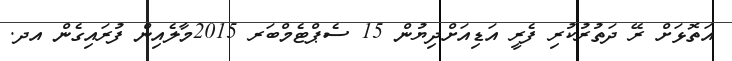
އަތޮޅަށް ރޭ ދަތުރުކުރި ފެރީ އަޑިއަށްދިޔުން 15 ސެޕްޓެމްބަރ 2015މާލެއިން ފުރައިގެން އދ.